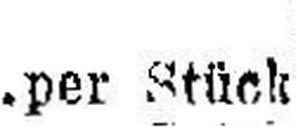
per Stück